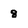
Character: 8